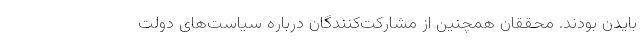
بایدن بودند. محققان همچنین از مشارکت‌کنندگان درباره سیاست‌های دولت